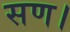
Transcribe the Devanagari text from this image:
सण।